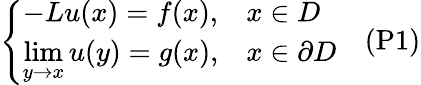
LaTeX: {\left\{ \begin{array}{ll}{-Lu(x)=f(x),}&{x\in D}\\ {\displaystyle{\operatorname*{lim}_{y\to x}u(y)}=g(x),}&{x\in\partial D}\end{array}\right.}\quad{\mathrm{(P1)}}